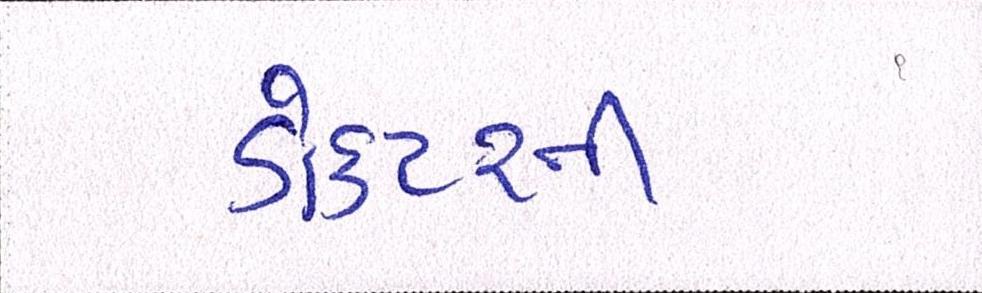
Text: ડોકટરની